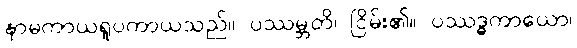
နာမကာယရူပကာယသည်။ ပဿမ္ဘတိ၊ ငြိမ်း၏။ ပဿဒ္ဓကာယော၊